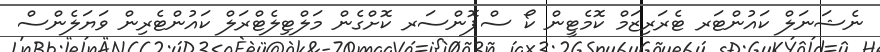
ނެޝަނަލް ކައުންޓަރ ޓެރަރިޒަމް ކޮމެޓީން ކޯ ސްޕޮންސަރ ކޮށްގެން މަލްޓިލެޓްރަލް ކައުންޓެރިން ވަޔަލެންސް